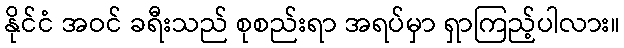
နိုင်ငံ အဝင် ခရီးသည် စုစည်းရာ အရပ်မှာ ရှာကြည့်ပါလား။